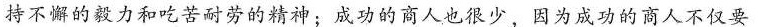
持不懈的毅力和吃苦耐劳的精神；成功的商人也很少，因为成功的商人不仅要